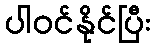
ပါဝင်နိုင်ပြီး